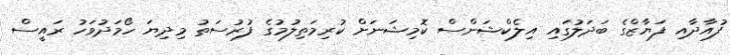
ފުއާދާއި ފަޔާޒްގެ ބަދަލުގައި އިލެކްޝަންސް ކޮމިޝަނަށް ކުރިމަތިލުމުގެ ފުރުސަތު މިދިޔަ ހޯމަދުވަހު ރައީސް